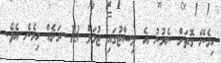
ހިމެނޭ ގޮތަށް ނެރުނު އެ ލިސްޓުގައި ޖުމަލް 13 ރަށެއް ހިމެނެ އެވެ.